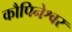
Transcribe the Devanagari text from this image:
कौपिनेश्वर